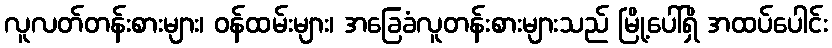
လူလတ်တန်းစားများ၊ ဝန်ထမ်းများ၊ အခြေခံလူတန်းစားများသည် မြို့ပေါ်ရှိ အထပ်ပေါင်း